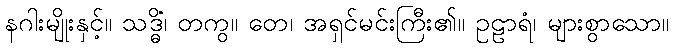
နဂါးမျိုးနှင့်။ သဒ္ဓိံ၊ တကွ။ တေ၊ အရှင်မင်းကြီး၏။ ဥဠာရံ၊ များစွာသော။